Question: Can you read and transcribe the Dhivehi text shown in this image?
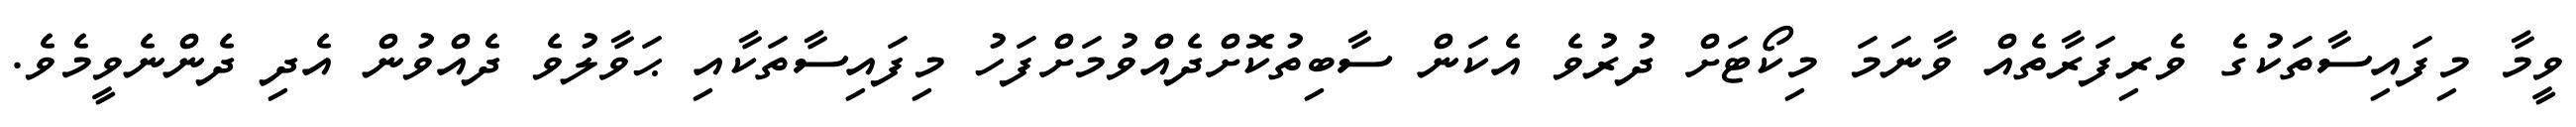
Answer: ވީމާ މިފައިސާތަކުގެ ވެރިފަރާތެއް ވާނަމަ މިކޯޓަށް ދުރުވެ އެކަން ސާބިތުކޮށްދެއްވުމަށްފަހު މިފައިސާތަކާއި ޙަވާލުވެ ދެއްވުން އެދި ދެންނެވީމެވެ.